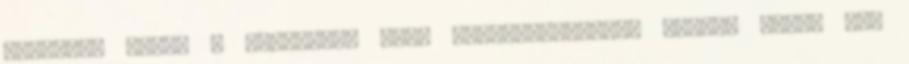
időjárás miatt a Volánbusz Zrt. előreláthatólag péntek délig nem